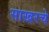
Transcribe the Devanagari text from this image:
साखरचे